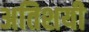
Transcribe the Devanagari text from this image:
अतिशयी